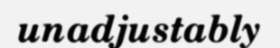
unadjustably